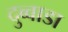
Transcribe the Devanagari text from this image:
दुव्वाडा